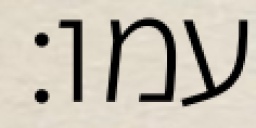
עמו׃